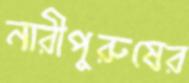
নারীপুরুষের